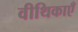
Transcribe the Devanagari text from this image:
वीथिकाएँ